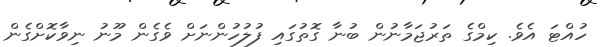
ހުއްޓަ އެވެ. ކިމްގެ ތަރުޖަމާނުން ބުނާ ގޮތުގައި ފުލުހުންނަށް ވެގެން މޫނު ނިވާކޮށްގެން